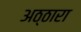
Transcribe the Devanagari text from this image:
अठ्ठारा